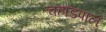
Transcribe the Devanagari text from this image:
चहाडपाल